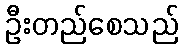
ဦးတည်စေသည်